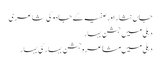
جاں نثار اور صفیہ کے جادو کی شاعری
دہلی میں جشنِ بہار
دہلی میں مشاعرہ جشن بہار کی بہار